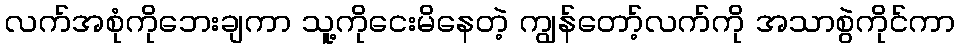
လက်အစုံကိုဘေးချကာ သူ့ကိုငေးမိနေတဲ့ ကျွန်တော့်လက်ကို အသာစွဲကိုင်ကာ